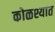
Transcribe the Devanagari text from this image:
कोळश्यात